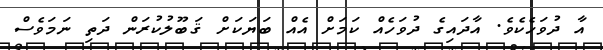
އާ ދުވަހެކެވެ. އާދައިގެ ދުވަހެއް ކަމަށް އެއް ބަޔަކަށް ޤަބޫލުކުރަން ދަތި ނަމަވެސް